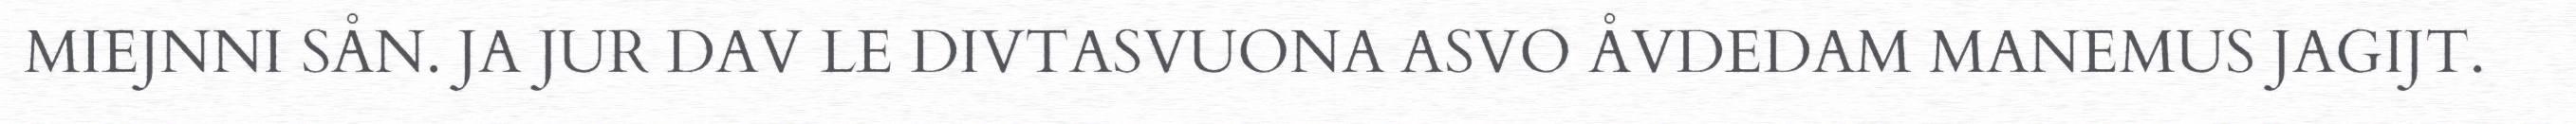
MIEJNNI SÅN. JA JUR DAV LE DIVTASVUONA ASVO ÅVDEDAM MANEMUS JAGIJT.